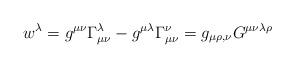
LaTeX: \begin{align*}w^\lambda =g^{\mu \nu }\Gamma _{\mu \nu }^\lambda -g^{\mu \lambda }\Gamma_{\mu \nu }^\nu =g_{\mu \rho ,\nu }G^{\mu \nu \lambda \rho }\end{align*}